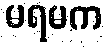
မရမက